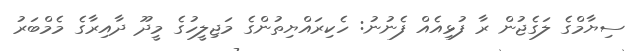
ސިޔާމްގެ ލަގެޖުން ރާ ފުޅިއެއް ފެނުނު: ހެކިރައްޔިތުންގެ މަޖިލީހުގެ މީދޫ ދާއިރާގެ މެމްބަރު